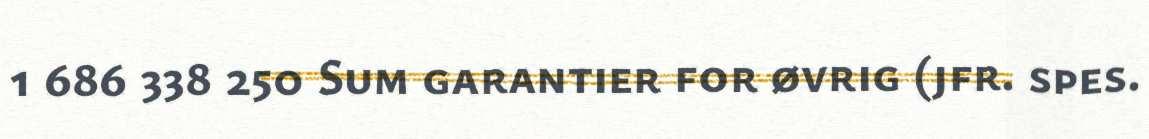
1 686 338 250 Sum garantier for øvrig (jfr. spes.